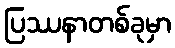
ပြဿနာတစ်ခုမှာ